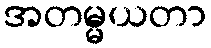
အတမ္မယတာ